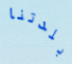
بلدتنا